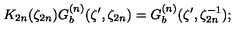
K _ { 2 n } ( \zeta _ { 2 n } ) G _ { b } ^ { ( n ) } ( \zeta ^ { \prime } , \zeta _ { 2 n } ) = G _ { b } ^ { ( n ) } ( \zeta ^ { \prime } , \zeta _ { 2 n } ^ { - 1 } ) ;